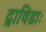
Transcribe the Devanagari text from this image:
द्राविडाः